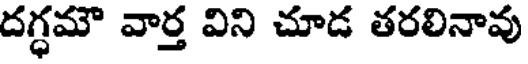
దగ్ధమౌ వార్త విని చూడ తరలినావు